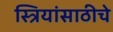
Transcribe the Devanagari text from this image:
स्त्रियांसाठीचे